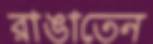
রাঙাতেন